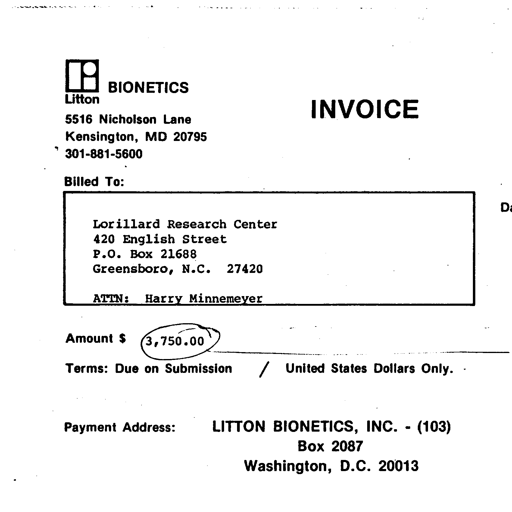
BIONETICS
Litton
5516 Nicholson Lane
Kensington, MD 20795
301-881-5600

INVOICE

Billed To:
Lorillard Research Center
420 English Street
P.O. Box 21688
Greensboro, N.C. 27420
ATTN: Harry Minnemeyer

Amount $ 3,750.00
Terms: Due on Submission / United States Dollars Only.

Payment Address: LITTON BIONETICS, INC. - (103)
Box 2087
Washington, D.C. 20013